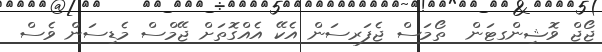
ޖޯޖް ވޮޝިންގޓަން  ތޯމަސް ޖެފަރސަން އެކޭ އެއްގޮތަށް ޖޭމްސް މެޑިސަން ވެސް